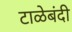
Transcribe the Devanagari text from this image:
टाळेबंदी